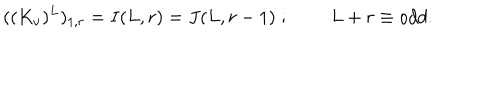
( ( K _ { \nu } ) ^ { L } ) _ { 1 , r } = I ( L , r ) = J ( L , r - 1 ) \; ; \; \; L + r \equiv o d d .